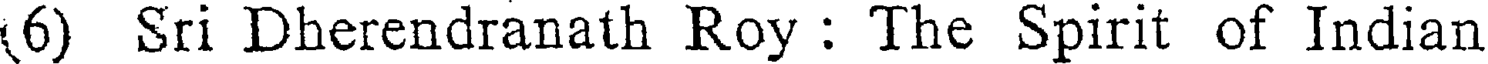
6) Sri Dherendranath Roy : The Spirit of Indian